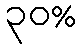
၃၀%